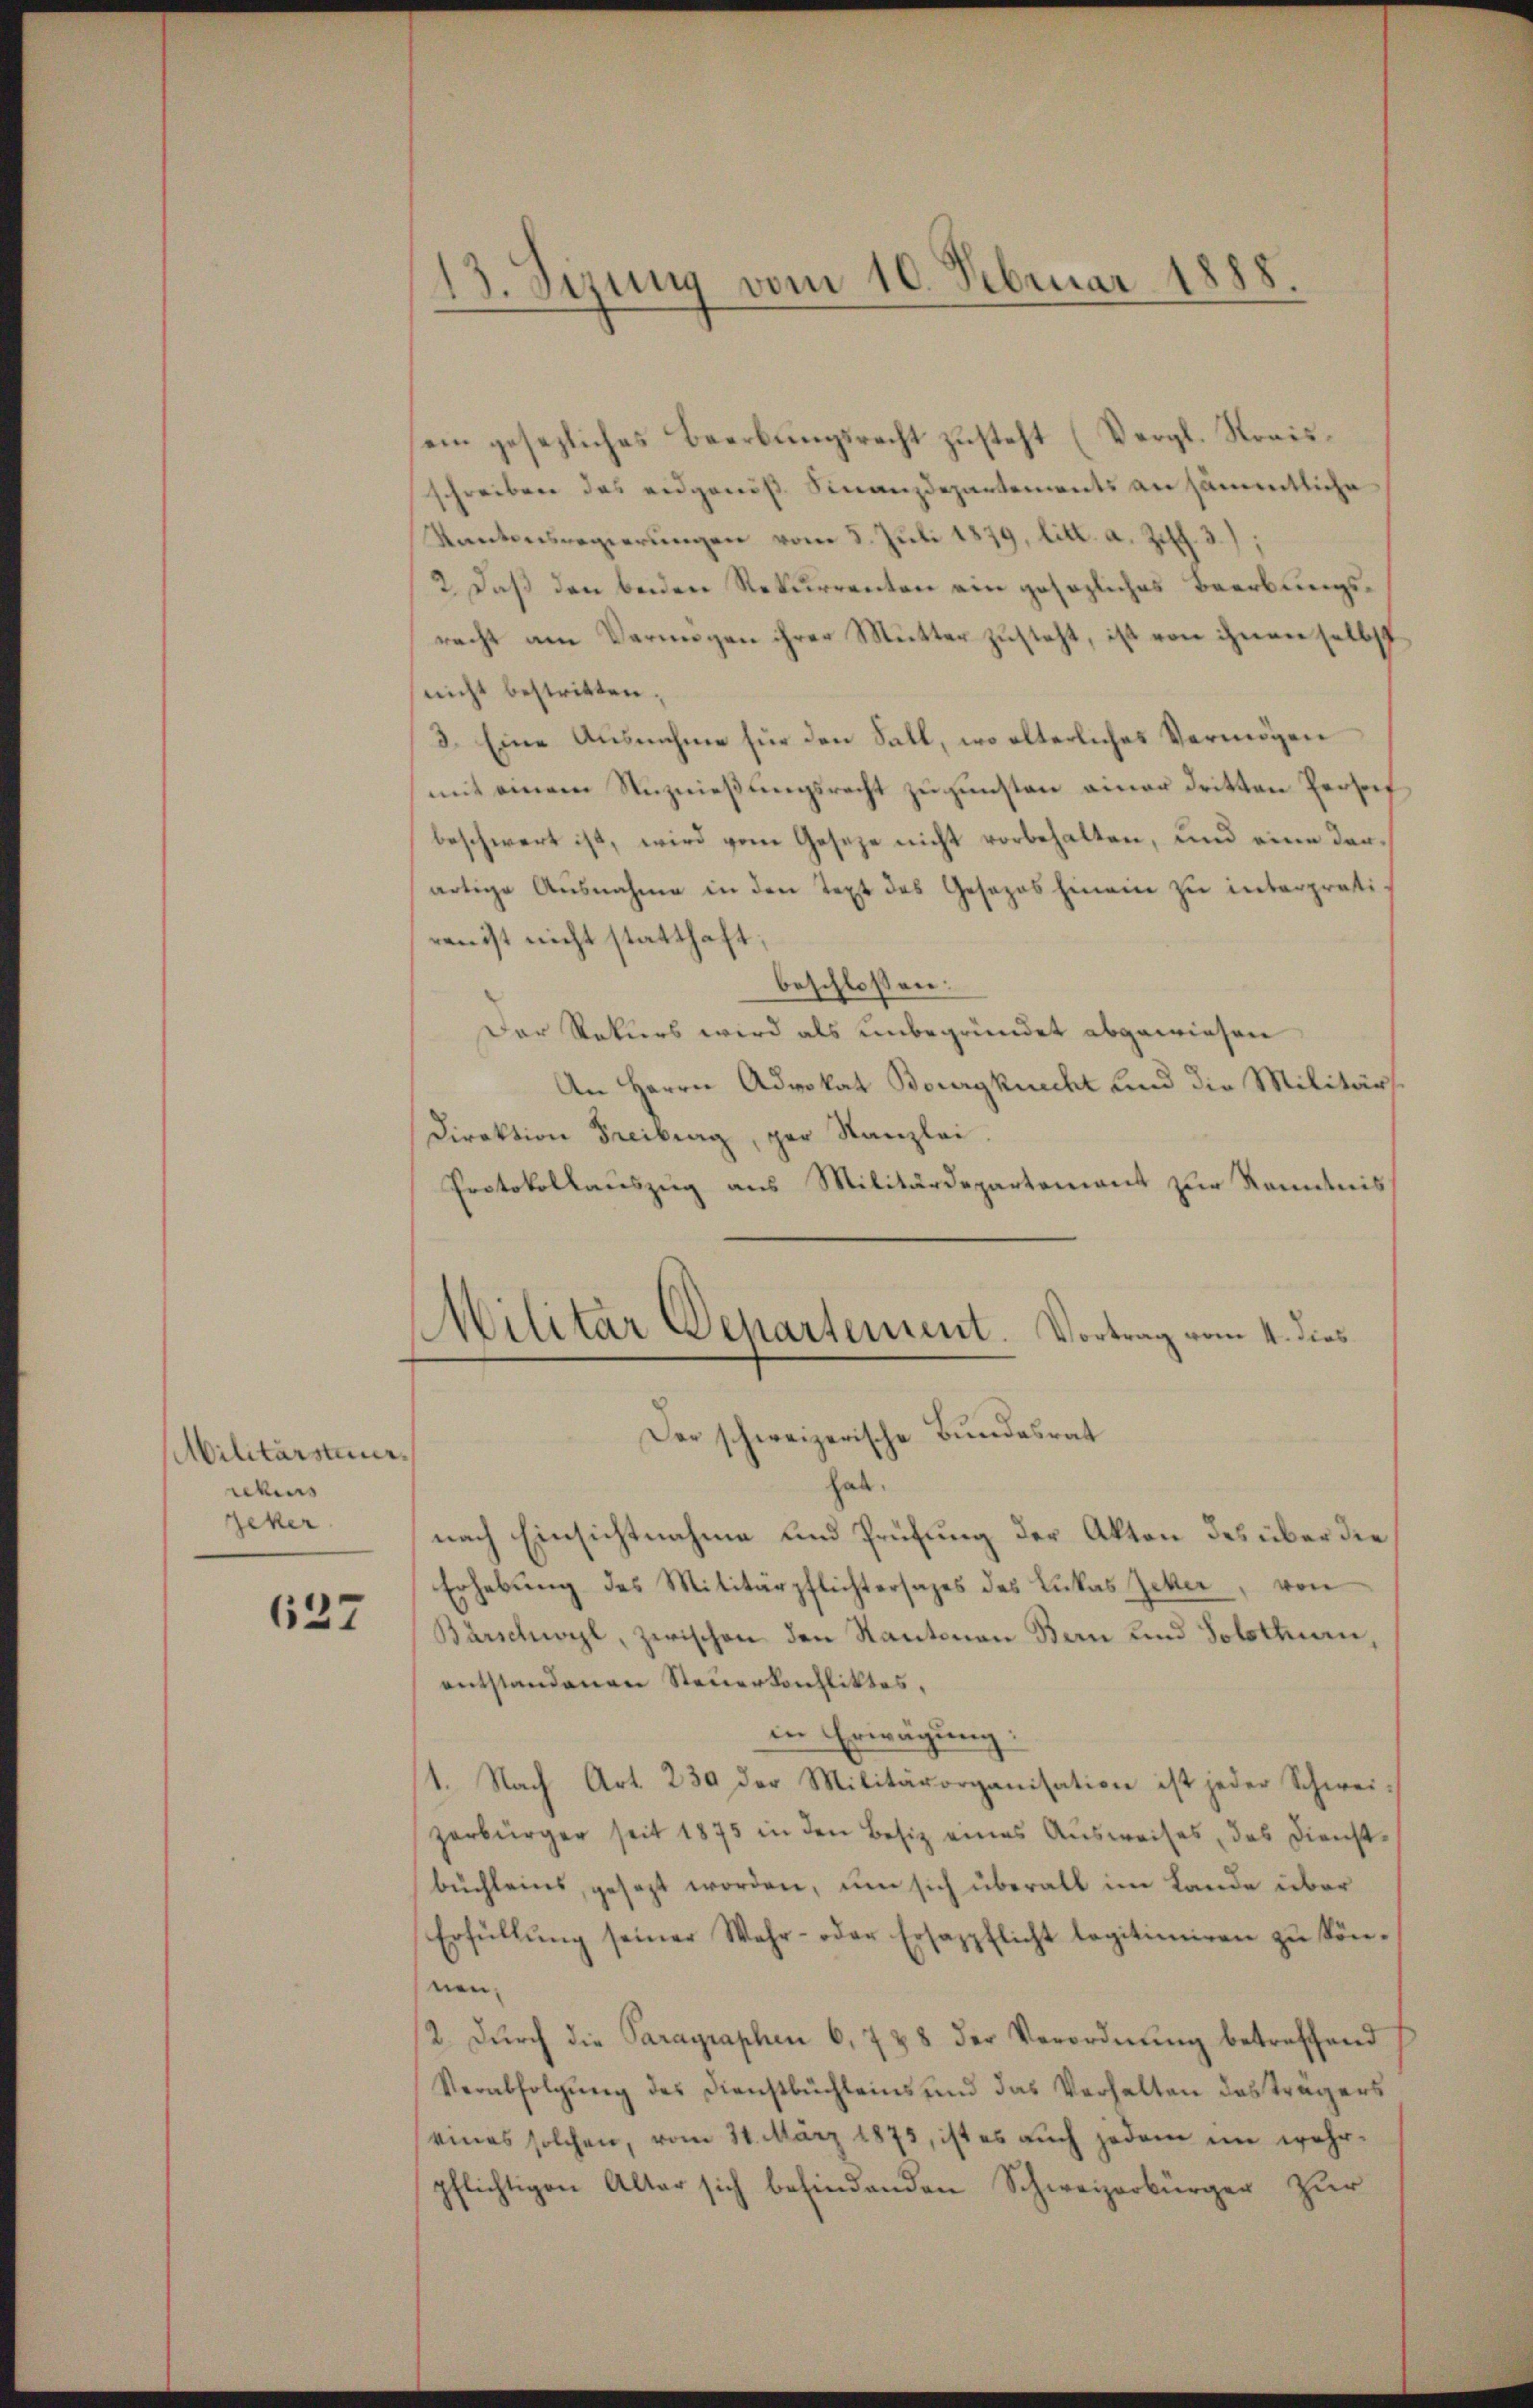
Militärsteuer
rebens
Zeker

637

13. Sizung vom 10. Februar 1888

sein gesezliches Beerbungsrecht zusteht (Vergl. Kreisschreiben das eidgenös. Finanzdepartements an sämmtliche
Kantonsregierungen vom 8. Juli 1879, litt. a. Ziff. 3);
2. Daß den beiden Rekurrenten ein gesezliches Beerbungsrecht am Vermögen ihrer Mutter zusteht, ist von ihnen selbst
nicht bestritten,
3. Eine Ausnahme für den Fall, wo alterliches Vermögen
mit einem Nutznießungsrecht zu gunsten einer dritten Persoh
beschwert ist, wird vom Geseze nicht vorbehalten, und eine denartige Ausnahme in den Text des Gesezes hinein zu interpreti-
ren ist nicht statthaft;
beschlossen:
Der Rekurs wird als unbegründet abgewiesen
An Herrn Advokat Bourgknecht und die Militärs
Direktion Freiburg, par Kanzlei.
Protokollauszug aus Militärdepartement zur Kenntnis
Militar Departement. Vortrag vom 4. dies
Der schweizerische Bundesrat
hab.
nach Einsichtnahme und Prüfung der Akten des über die
Erhebŭng des Militärpflichtersages des Lukas Zeher von
Bärschwyl, zwischen den Kantonen Bern und Solothur,
entstandenen Steuerkonfliktes,
in Erwägung:
1. Nach Art. 230 der Militärorganisation ist jeder Schweizerbürger seit 1875 in den Besiz eines Ausweises, das Dienstbüchleins, gesezt worden, um sich überall im Lande über
Erfüllŭng seiner Wahr- oder Ersazpflicht legitimiren zu können,
2. dŭrch die Paragraphen 6. 788 der Verordnŭng betreffend
Verabfolgung des Dienstbuchleins und das Verhalten des trägers
eines solchen, vom 31. März 1875, ist es auch jedem im wehr-
pflichtigen Alter sich befindenden Schweizerbürger zur